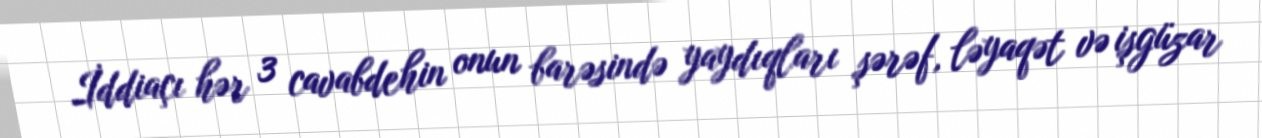
İddiaçı hər 3 cavabdehin onun barəsində yaydıqları şərəf, ləyaqət və işgüzar